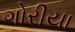
ગોરીયા